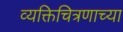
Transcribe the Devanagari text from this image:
व्यक्तिचित्रणाच्या